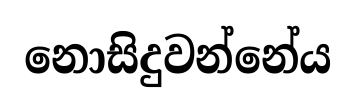
නොසිදුවන්නේය